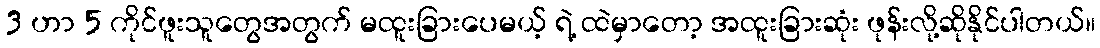
3 ဟာ 5 ကိုင်ဖူးသူတွေအတွက် မထူးခြားပေမယ့် ရဲ့ ထဲမှာတော့ အထူးခြားဆုံး ဖုန်းလို့ဆိုနိုင်ပါတယ်။